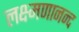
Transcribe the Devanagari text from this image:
लक्ष्मणानन्द